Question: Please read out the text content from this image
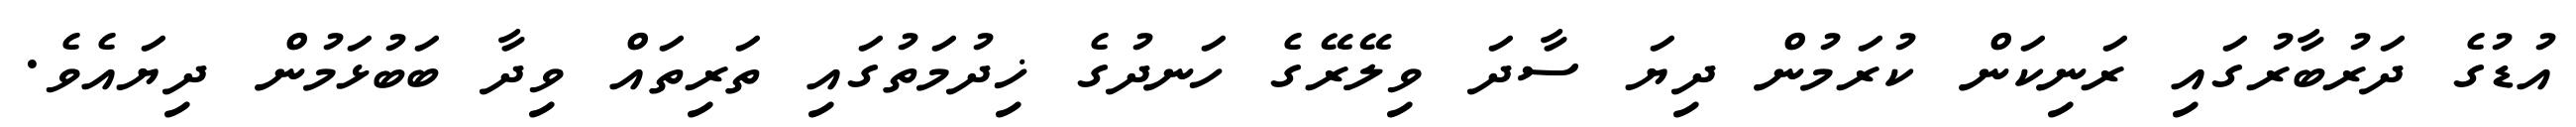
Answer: އުޑުގެ ދަރުބާރުގައި ރަނިކަން ކުރަމުން ދިޔަ ސާދަ ވިލޭރޭގެ ހަނދުގެ ޚިދުމަތުގައި ތަރިތައް ވިދާ ބަބުޅަމުން ދިޔައެވެ.